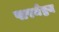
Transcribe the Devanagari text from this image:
पारमेष्ठय